Bréfritari: Sigurbjörg Einarsdóttir
Viðtakandi: Jón Borgfirðings Jónsson
Dagsetning: A-1880-11-08
Skrifað á: Akureyri  Eyf.

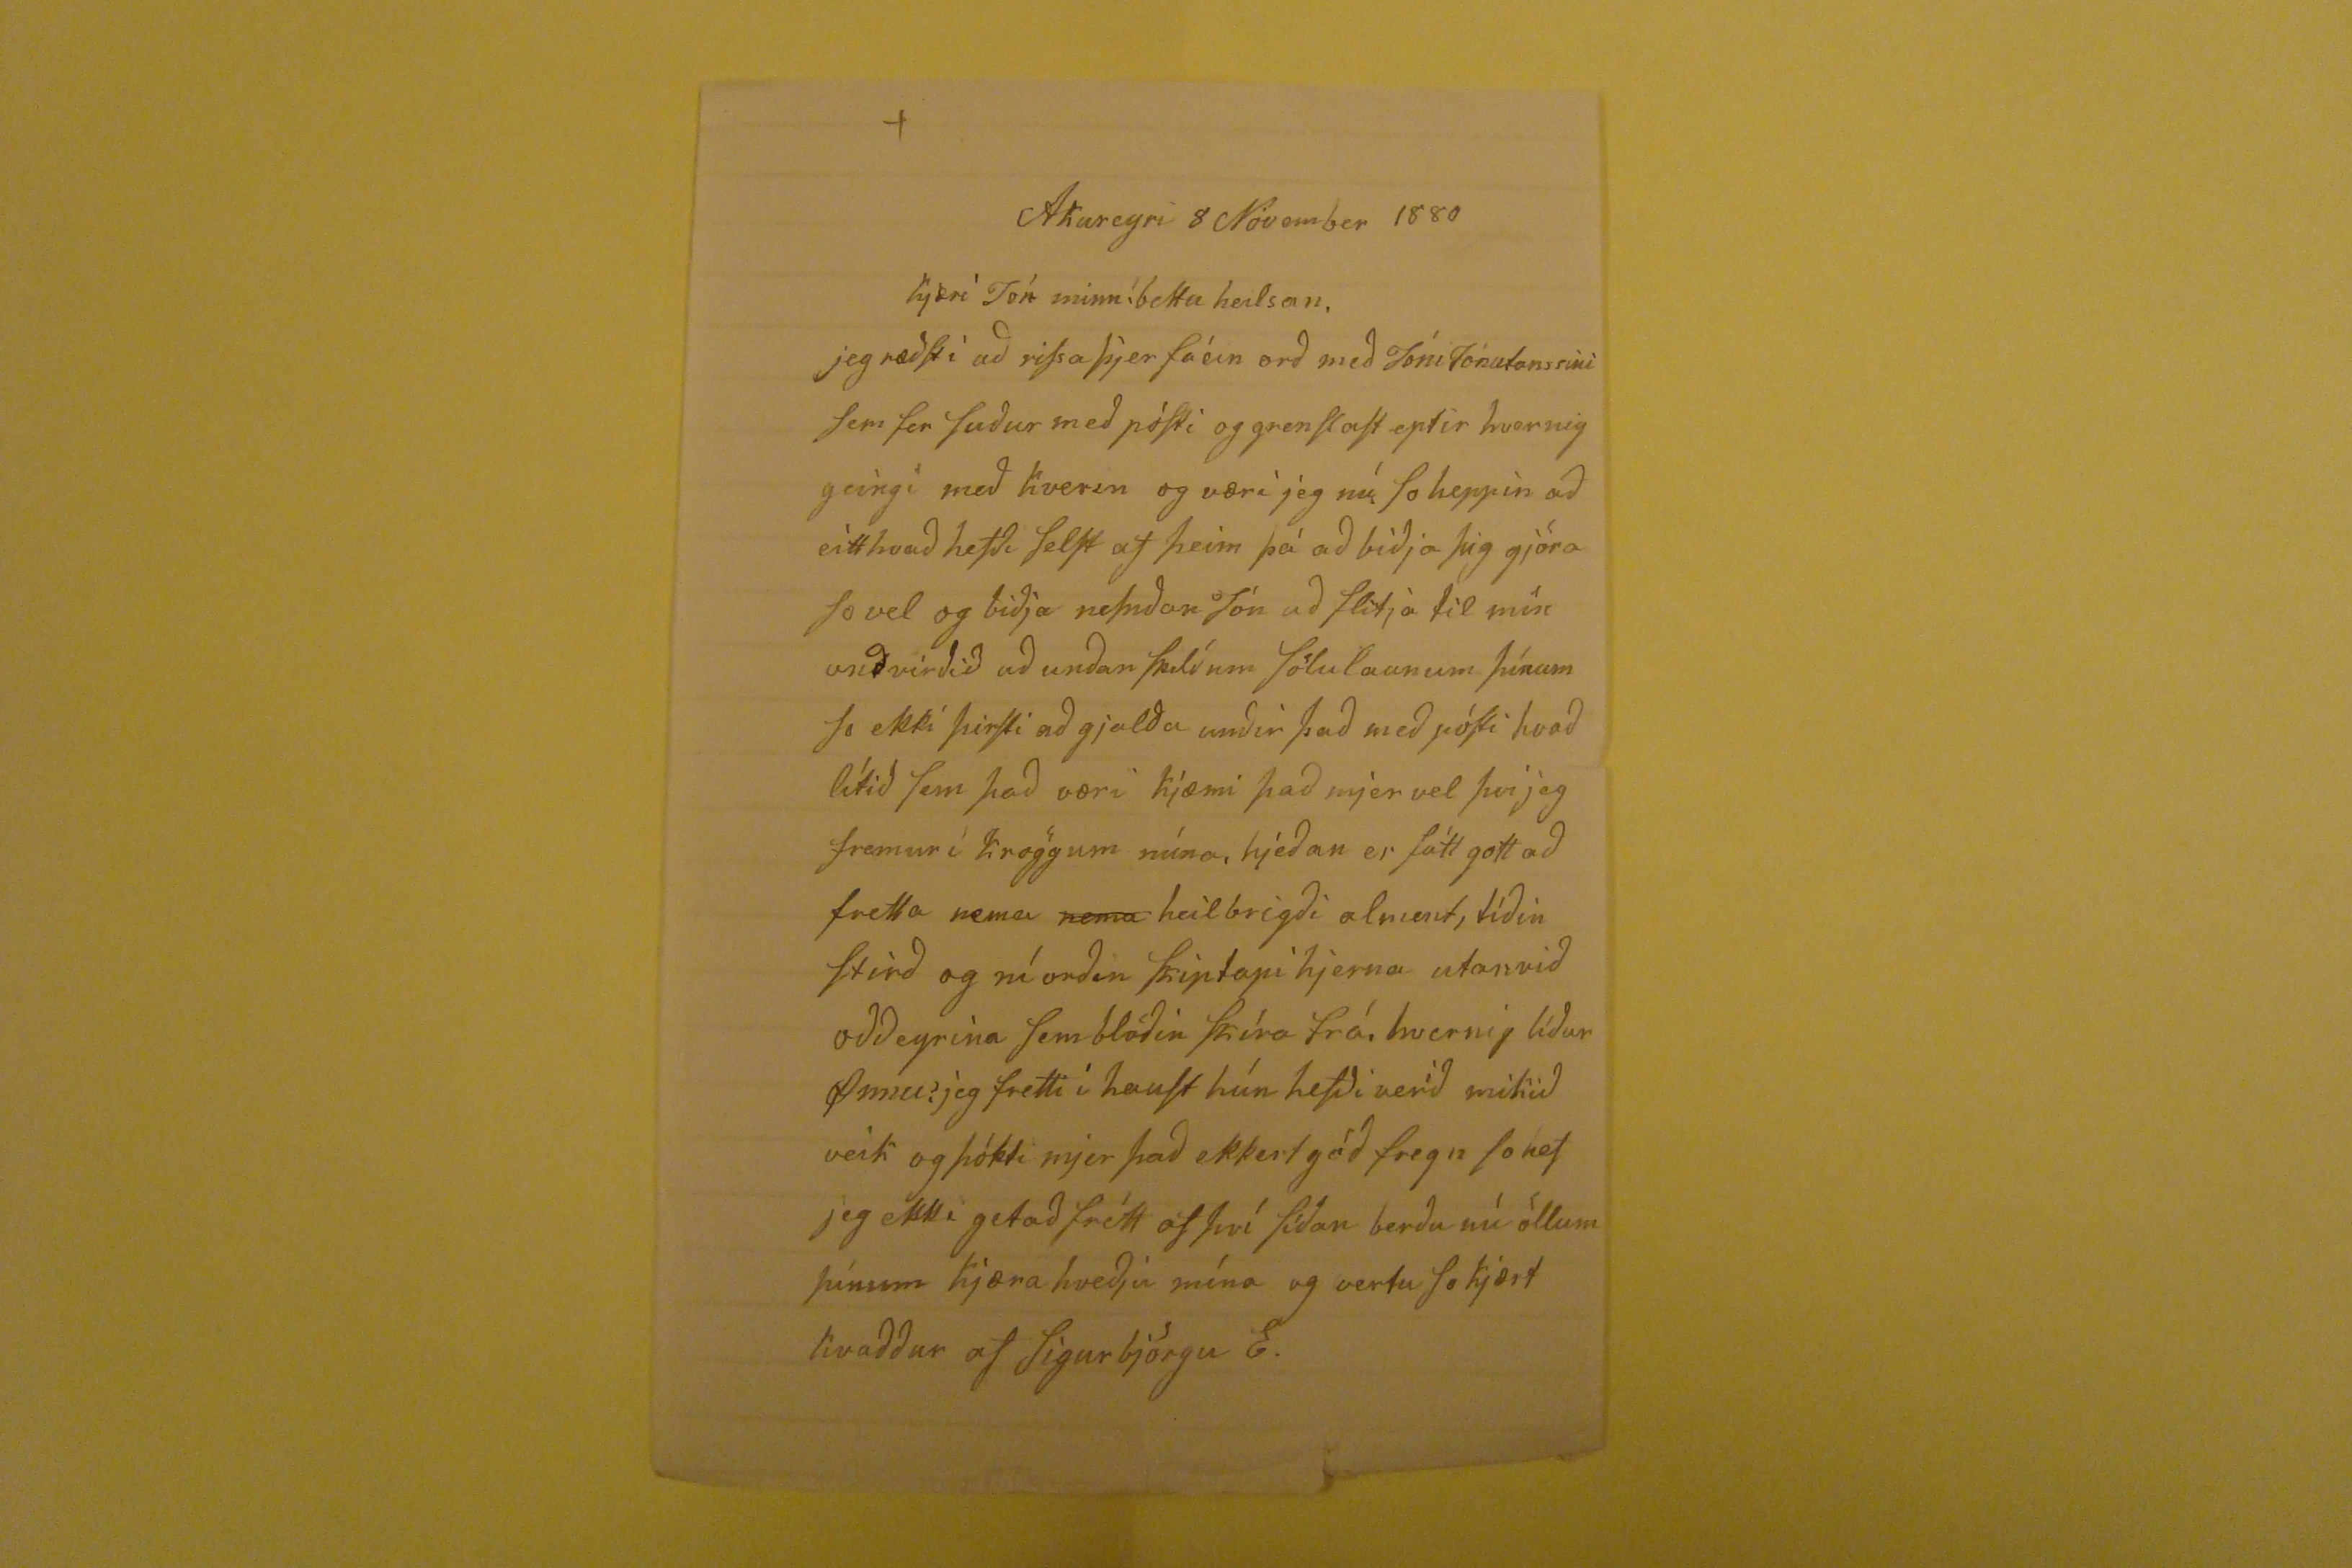

Akureyri 8 Nóvember 1880
kjæri Jón minn! besta heilsan,
jeg ræðst i að rissa þjer fáein orð með Jóni Jónatanssini sem fer suður með pósti og grenslast eptir hvernig geingi með kverin og væri jeg nú so heppin að eitthvað hefði selst af þem þá að biðja þig gjöra so vel og biðja nefnðan Jón að flitja til mín unðvirðið að unðan skilðum sölulaunum þínum so ekki þirfti að gjalða unðir það með pósti hvað lítið sem það væri kjæmi það mjer vel því jeg fremur í kröggum núna, hjeðan er fátt gott að fretta nema
nema
heilbrigði alment, tíðin stirð og ní orðin skiptapi hjerna utanvið pððeyrina sem blöðin skíra frá, hvernig líður Önnu? jeg fretti í haust hún hefði verið mikið veik og þókti mjer það ekkert gíð fregn so hef jeg ekki getað frétt af því síððan berðu nú öllum þínum kjæra kveðju mína og vertu so kjært kvaðður af Sigurbjörgu E.